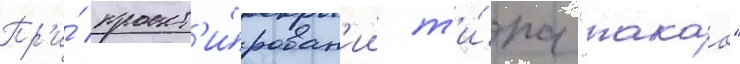
Пр'и́ проект'и́рован'ии т'и́па "такао"